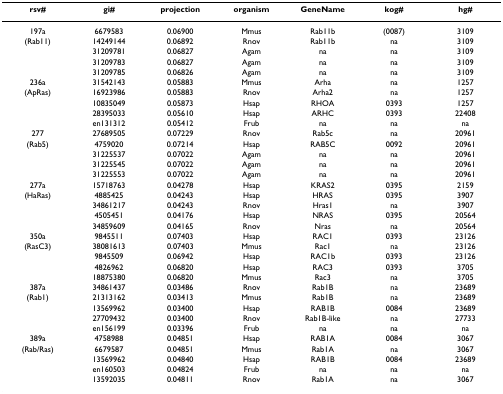
<table><thead><tr><td><b>rsv#</b></td><td><b>gi#</b></td><td><b>projection</b></td><td><b>organism</b></td><td><b>GeneName</b></td><td><b>kog#</b></td><td><b>hg#</b></td></tr></thead><tbody><tr><td>197a</td><td>6679583</td><td>0.06900</td><td>Mmus</td><td>Rab11b</td><td>(0087)</td><td>3109</td></tr><tr><td>(Rab11)</td><td>14249144</td><td>0.06892</td><td>Rnov</td><td>Rab11b</td><td>na</td><td>3109</td></tr><tr><td>[EMPTY_CELL]</td><td>31209781</td><td>0.06827</td><td>Agam</td><td>na</td><td>na</td><td>3109</td></tr><tr><td>[EMPTY_CELL]</td><td>31209783</td><td>0.06827</td><td>Agam</td><td>na</td><td>na</td><td>3109</td></tr><tr><td>[EMPTY_CELL]</td><td>31209785</td><td>0.06826</td><td>Agam</td><td>na</td><td>na</td><td>3109</td></tr><tr><td>236a</td><td>31542143</td><td>0.05883</td><td>Mmus</td><td>Arha</td><td>na</td><td>1257</td></tr><tr><td>(ApRas)</td><td>16923986</td><td>0.05883</td><td>Rnov</td><td>Arha2</td><td>na</td><td>1257</td></tr><tr><td>[EMPTY_CELL]</td><td>10835049</td><td>0.05873</td><td>Hsap</td><td>RHOA</td><td>0393</td><td>1257</td></tr><tr><td>[EMPTY_CELL]</td><td>28395033</td><td>0.05610</td><td>Hsap</td><td>ARHC</td><td>0393</td><td>22408</td></tr><tr><td>[EMPTY_CELL]</td><td>en131312</td><td>0.05412</td><td>Frub</td><td>na</td><td>na</td><td>na</td></tr><tr><td>277</td><td>27689505</td><td>0.07229</td><td>Rnov</td><td>Rab5c</td><td>na</td><td>20961</td></tr><tr><td>(Rab5)</td><td>4759020</td><td>0.07214</td><td>Hsap</td><td>RAB5C</td><td>0092</td><td>20961</td></tr><tr><td>[EMPTY_CELL]</td><td>31225537</td><td>0.07022</td><td>Agam</td><td>na</td><td>na</td><td>20961</td></tr><tr><td>[EMPTY_CELL]</td><td>31225545</td><td>0.07022</td><td>Agam</td><td>na</td><td>na</td><td>20961</td></tr><tr><td>[EMPTY_CELL]</td><td>31225553</td><td>0.07022</td><td>Agam</td><td>na</td><td>na</td><td>20961</td></tr><tr><td>277a</td><td>15718763</td><td>0.04278</td><td>Hsap</td><td>KRAS2</td><td>0395</td><td>2159</td></tr><tr><td>(HaRas)</td><td>4885425</td><td>0.04243</td><td>Hsap</td><td>HRAS</td><td>0395</td><td>3907</td></tr><tr><td>[EMPTY_CELL]</td><td>34861217</td><td>0.04243</td><td>Rnov</td><td>Hras1</td><td>na</td><td>3907</td></tr><tr><td>[EMPTY_CELL]</td><td>4505451</td><td>0.04176</td><td>Hsap</td><td>NRAS</td><td>0395</td><td>20564</td></tr><tr><td>[EMPTY_CELL]</td><td>34859609</td><td>0.04165</td><td>Rnov</td><td>Nras</td><td>na</td><td>20564</td></tr><tr><td>350a</td><td>9845511</td><td>0.07403</td><td>Hsap</td><td>RAC1</td><td>0393</td><td>23126</td></tr><tr><td>(RasC3)</td><td>38081613</td><td>0.07403</td><td>Mmus</td><td>Rac1</td><td>na</td><td>23126</td></tr><tr><td>[EMPTY_CELL]</td><td>9845509</td><td>0.06942</td><td>Hsap</td><td>RAC1b</td><td>0393</td><td>23126</td></tr><tr><td>[EMPTY_CELL]</td><td>4826962</td><td>0.06820</td><td>Hsap</td><td>RAC3</td><td>0393</td><td>3705</td></tr><tr><td>[EMPTY_CELL]</td><td>18875380</td><td>0.06820</td><td>Mmus</td><td>Rac3</td><td>na</td><td>3705</td></tr><tr><td>387a</td><td>34861437</td><td>0.03486</td><td>Rnov</td><td>Rab1B</td><td>na</td><td>23689</td></tr><tr><td>(Rab1)</td><td>21313162</td><td>0.03413</td><td>Mmus</td><td>Rab1B</td><td>na</td><td>23689</td></tr><tr><td>[EMPTY_CELL]</td><td>13569962</td><td>0.03400</td><td>Hsap</td><td>RAB1B</td><td>0084</td><td>23689</td></tr><tr><td>[EMPTY_CELL]</td><td>27709432</td><td>0.03400</td><td>Rnov</td><td>Rab1B-like</td><td>na</td><td>27733</td></tr><tr><td>[EMPTY_CELL]</td><td>en156199</td><td>0.03396</td><td>Frub</td><td>na</td><td>na</td><td>na</td></tr><tr><td>389a</td><td>4758988</td><td>0.04851</td><td>Hsap</td><td>RAB1A</td><td>0084</td><td>3067</td></tr><tr><td>(Rab/Ras)</td><td>6679587</td><td>0.04851</td><td>Mmus</td><td>Rab1A</td><td>na</td><td>3067</td></tr><tr><td>[EMPTY_CELL]</td><td>13569962</td><td>0.04840</td><td>Hsap</td><td>RAB1B</td><td>0084</td><td>23689</td></tr><tr><td>[EMPTY_CELL]</td><td>en160503</td><td>0.04824</td><td>Frub</td><td>na</td><td>na</td><td>na</td></tr><tr><td>[EMPTY_CELL]</td><td>13592035</td><td>0.04811</td><td>Rnov</td><td>Rab1A</td><td>na</td><td>3067</td></tr></tbody></table>